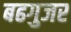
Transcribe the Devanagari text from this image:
बढगुजर